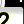
Digit: 2